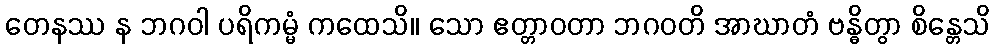
တေနဿ န ဘဂဝါ ပရိကမ္မံ ကထေသိ။ သော ဧတ္တာဝတာ ဘဂဝတိ အာဃာတံ ဗန္ဓိတွာ စိန္တေသိ